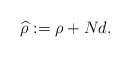
\begin{align*}\widehat{\rho}:=\rho+Nd.\end{align*}